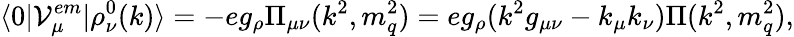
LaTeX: \langle 0|{\cal V}_{\mu}^{em}|\rho_{\nu}^{0}(k)\rangle=-eg_{\rho}\Pi_{\mu\nu}(k^{2},m_{q}^{2})=eg_{\rho}(k^{2}g_{\mu\nu}-k_{\mu}k_{\nu})\Pi(k^{2},m_{q}^{2}),